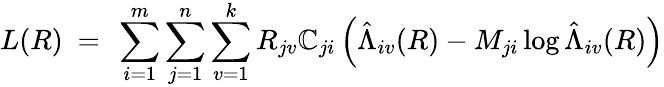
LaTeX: L(R)\ =\ \sum_{i=1}^{m}\sum_{j=1}^{n}\sum_{v=1}^{k}R_{jv}\mathbb{C}_{ji}\left(\hat{{\Lambda}}_{iv}(R)-M_{ji}\log\hat{{\Lambda}}_{iv}(R)\right)